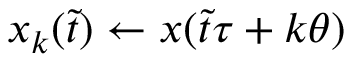
x _ { k } ( \Tilde { t } ) \leftarrow x ( \Tilde { t } \tau + k \theta )